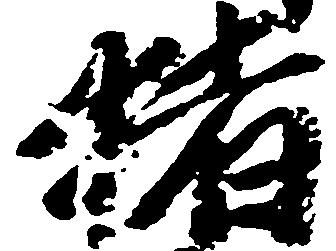
猪